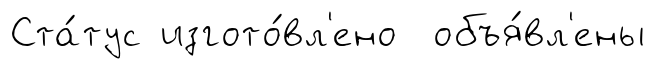
Ста́тус изгото́вл'ено объя́вл'ены